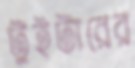
টুইটারের